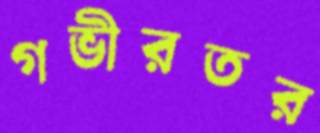
গভীরতর